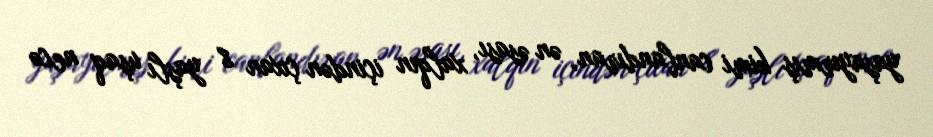
yaşayırmış kimi canlandıran, ən əsası, xalqın içindən çıxan 8 yaşlı uşaq necə